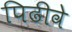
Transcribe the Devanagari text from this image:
पिढीवे